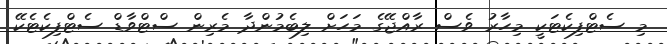
މި ސެޓްފިކެޓަކީ މިހާރު ވެސް ރާއްޖޭގެ މަހަށް ލިބެމުންދާ މެރިން ސްޓްވާޑް ސެޓްފިކެޓެކޭ